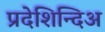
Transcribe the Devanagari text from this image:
प्रदेशिन्दिअ